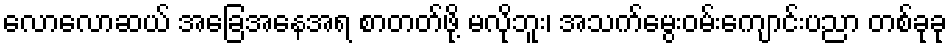
လောလောဆယ် အခြေအနေအရ စာတတ်ဖို့ မလိုဘူး၊ အသက်မွေးဝမ်းကျောင်းပညာ တစ်ခုခု